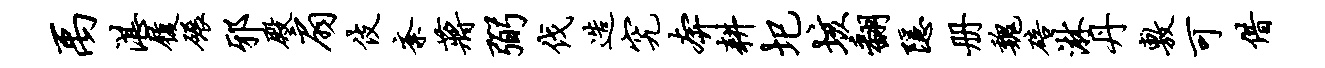
禹湛履碾邪殿扇伎紊蒋弼伐造究奔耕圯垓翻隐册魏碚淋丹敷可借